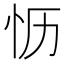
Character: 𪫡